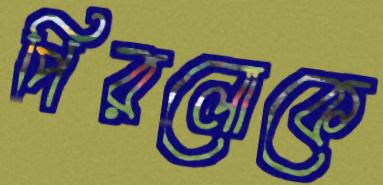
পিরলোকে